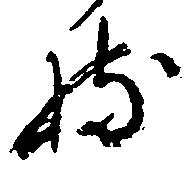
持